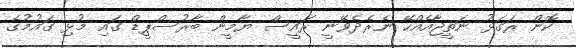
ކޮން ރަގަޅު ނަތީޖާއެއްހޭ ނެރެދެވޭނީ ރައީސް ޔާމީން ބާރުސްޕީޑް ގައި މުޅި ގައުމުގެ